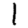
Digit: 1